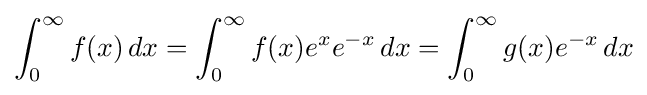
\int _{0}^{\infty }f(x)\,dx=\int _{0}^{\infty }f(x)e^{x}e^{-x}\,dx=\int _{0}^{\infty }g(x)e^{-x}\,dx